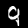
Label: 9